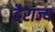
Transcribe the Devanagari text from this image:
हैराज्य